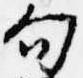
句